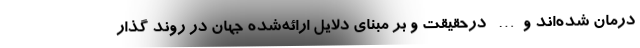
درمان شده‌اند و… درحقیقت و بر مبنای دلایل ارائه‌شده جهان در روند گذار